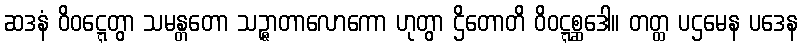
ဆဒနံ ဝိဝဋ္ဋေတွာ သမန္တတော သဉ္ဇာတာလောကော ဟုတွာ ဌိတောတိ ဝိဝဋ္ဋစ္ဆဒေါ။ တတ္ထ ပဌမေန ပဒေန